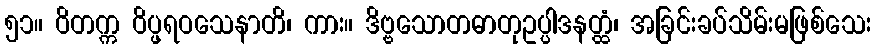
၅၁။ ဝိတက္က ဝိပ္ဖရဝသေနာတိ၊ ကား။ ဒိဗ္ဗသောတဓာတုဥပ္ပါဒနတ္ထံ၊ အခြင်းခပ်သိမ်းမဖြစ်သေး